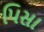
પિસા